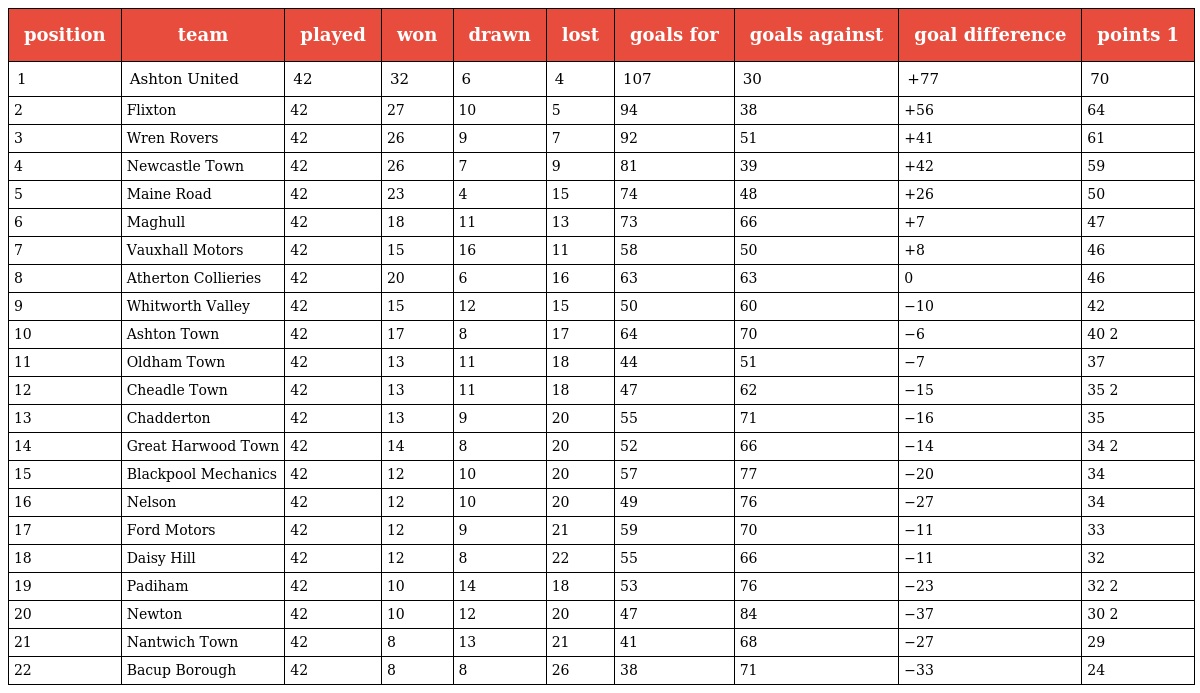
| position | team | played | won | drawn | lost | goals for | goals against | goal difference | points 1 |
 | --- | --- | --- | --- | --- | --- | --- | --- | --- | --- |
 | 1 | Ashton United | 42 | 32 | 6 | 4 | 107 | 30 | +77 | 70 |
 | 2 | Flixton | 42 | 27 | 10 | 5 | 94 | 38 | +56 | 64 |
 | 3 | Wren Rovers | 42 | 26 | 9 | 7 | 92 | 51 | +41 | 61 |
 | 4 | Newcastle Town | 42 | 26 | 7 | 9 | 81 | 39 | +42 | 59 |
 | 5 | Maine Road | 42 | 23 | 4 | 15 | 74 | 48 | +26 | 50 |
 | 6 | Maghull | 42 | 18 | 11 | 13 | 73 | 66 | +7 | 47 |
 | 7 | Vauxhall Motors | 42 | 15 | 16 | 11 | 58 | 50 | +8 | 46 |
 | 8 | Atherton Collieries | 42 | 20 | 6 | 16 | 63 | 63 | 0 | 46 |
 | 9 | Whitworth Valley | 42 | 15 | 12 | 15 | 50 | 60 | −10 | 42 |
 | 10 | Ashton Town | 42 | 17 | 8 | 17 | 64 | 70 | −6 | 40 2 |
 | 11 | Oldham Town | 42 | 13 | 11 | 18 | 44 | 51 | −7 | 37 |
 | 12 | Cheadle Town | 42 | 13 | 11 | 18 | 47 | 62 | −15 | 35 2 |
 | 13 | Chadderton | 42 | 13 | 9 | 20 | 55 | 71 | −16 | 35 |
 | 14 | Great Harwood Town | 42 | 14 | 8 | 20 | 52 | 66 | −14 | 34 2 |
 | 15 | Blackpool Mechanics | 42 | 12 | 10 | 20 | 57 | 77 | −20 | 34 |
 | 16 | Nelson | 42 | 12 | 10 | 20 | 49 | 76 | −27 | 34 |
 | 17 | Ford Motors | 42 | 12 | 9 | 21 | 59 | 70 | −11 | 33 |
 | 18 | Daisy Hill | 42 | 12 | 8 | 22 | 55 | 66 | −11 | 32 |
 | 19 | Padiham | 42 | 10 | 14 | 18 | 53 | 76 | −23 | 32 2 |
 | 20 | Newton | 42 | 10 | 12 | 20 | 47 | 84 | −37 | 30 2 |
 | 21 | Nantwich Town | 42 | 8 | 13 | 21 | 41 | 68 | −27 | 29 |
 | 22 | Bacup Borough | 42 | 8 | 8 | 26 | 38 | 71 | −33 | 24 |